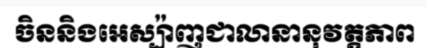
ចិននិងអេស្ប៉ាញជាលានានុវត្តភាព